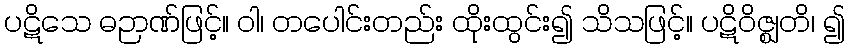
ပဋိသေ ဓဉာဏ်ဖြင့်။ ဝါ၊ တပေါင်းတည်း ထိုးထွင်း၍ သိသဖြင့်။ ပဋိဝိဇ္ဈတိ၊ ၍